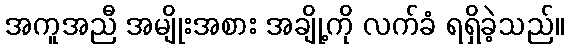
အကူအညီ အမျိုးအစား အချို့ကို လက်ခံ ရရှိခဲ့သည်။